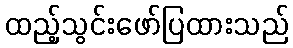
ထည့်သွင်းဖော်ပြထားသည်